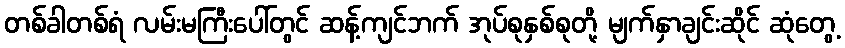
တစ်ခါတစ်ရံ လမ်းမကြီးပေါ်တွင် ဆန့်ကျင်ဘက် အုပ်စုနှစ်စုတို့ မျက်နှာချင်းဆိုင် ဆုံတွေ့